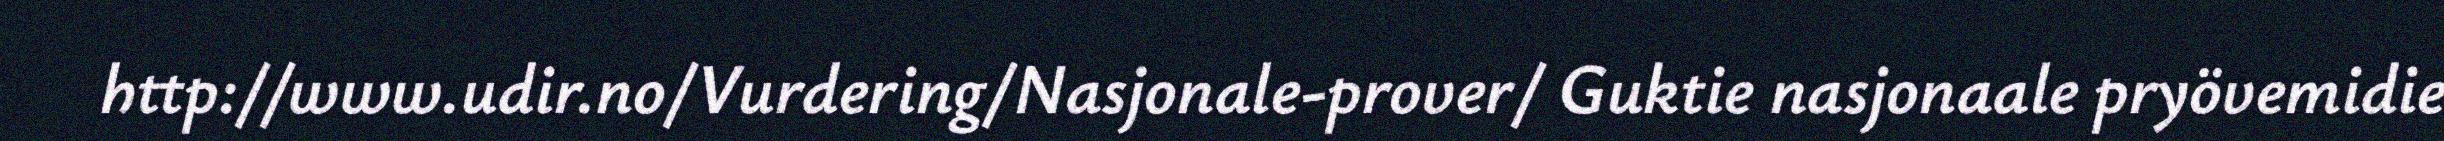
http://www.udir.no/Vurdering/Nasjonale-prover/ Guktie nasjonaale pryövemidie